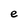
Character: e